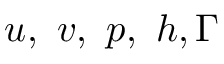
u , ~ v , ~ p , ~ h , \Gamma